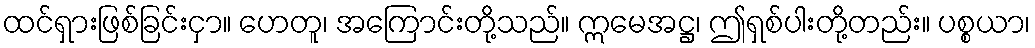
ထင်ရှားဖြစ်ခြင်းငှာ။ ဟေတူ၊ အကြောင်းတို့သည်။ ဣမေအဋ္ဌ၊ ဤရှစ်ပါးတို့တည်း။ ပစ္စယာ၊